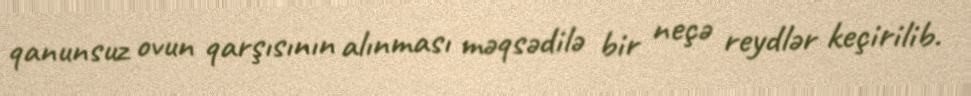
qanunsuz ovun qarşısının alınması məqsədilə bir neçə reydlər keçirilib.